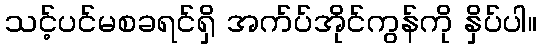
သင့်ပင်မစခရင်ရှိ အက်ပ်အိုင်ကွန်ကို နှိပ်ပါ။